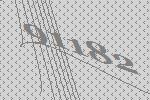
91182